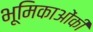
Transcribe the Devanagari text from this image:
भूमिकाओंकी